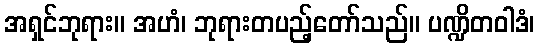
အရှင်ဘုရား။ အဟံ၊ ဘုရားတပည့်တော်သည်။ ပဏ္ဍိတဝါဒံ၊